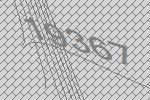
19367